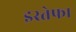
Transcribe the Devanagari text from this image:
इस्तेफा